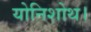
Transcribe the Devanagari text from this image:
योनिशोथ।